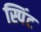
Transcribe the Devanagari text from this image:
स्पिंट